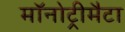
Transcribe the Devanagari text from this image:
मॉनोट्रीमैटा